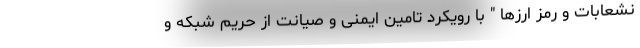
نشعابات و رمز ارزها " با رویکرد تامین ایمنی و صیانت از حریم شبکه و